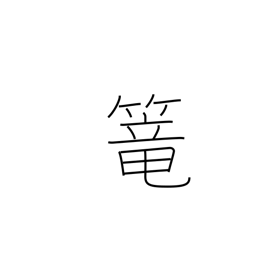
Meaning: seclude oneself